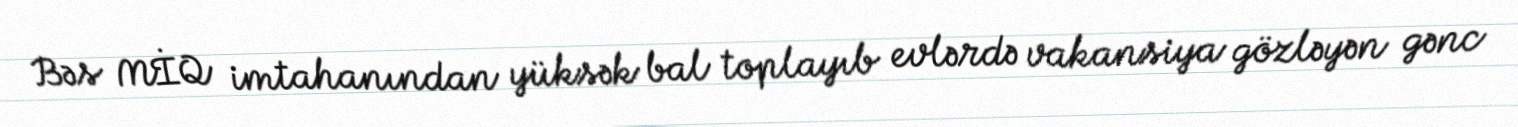
Bəs MİQ imtahanından yüksək bal toplayıb evlərdə vakansiya gözləyən gənc